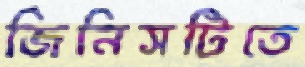
জিনিসটিতে